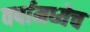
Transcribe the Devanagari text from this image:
वर्षामध्येच